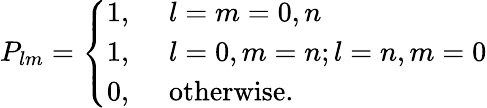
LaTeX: P_{lm}=\left\{ \begin{array}{ll}{1,\ }&{l=m=0,n}\\ {1,\ }&{l=0,m=n;l=n,m=0}\\ {0,\ }&{\mathrm{otherwise}.}\end{array}\right.